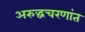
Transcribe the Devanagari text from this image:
अरुद्धचरणांत